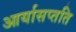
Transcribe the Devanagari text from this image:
आर्यासप्तति